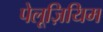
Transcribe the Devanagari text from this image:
पेलूज़ियिम